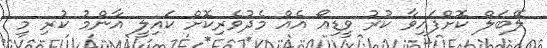
ލޭބަލް ކޮށްފައިވާ ކުރު ވީޑިއޯ އެއް މެދުވެރިކޮށް ކައިލީ އާންމު ކުރި މި